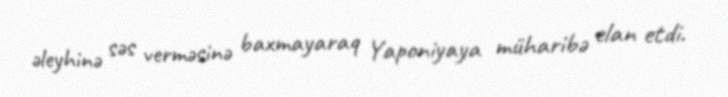
əleyhinə səs verməsinə baxmayaraq Yaponiyaya müharibə elan etdi.